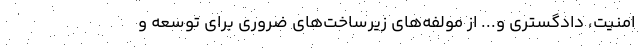
امنیت، دادگستری و... از مولفه‌های زیرساخت‌های ضروری برای توسعه و